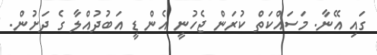
ގައި އޭނާ. މަސައްކަތް ކުރަން ޖެހުނީ އެން ޑީ އަބުދުއްލާ ގެ ދަށުން.